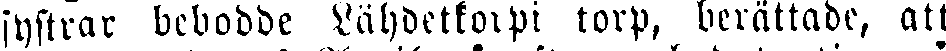
systrar bebodde Lähdetkorpi torp, berättade, att